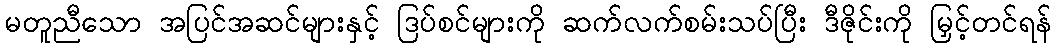
မတူညီသော အပြင်အဆင်များနှင့် ဒြပ်စင်များကို ဆက်လက်စမ်းသပ်ပြီး ဒီဇိုင်းကို မြှင့်တင်ရန်